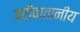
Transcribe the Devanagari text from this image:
परीवातानीय